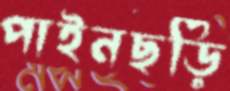
পাইনছড়ি